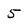
Character: 5